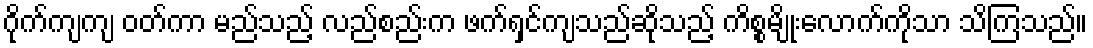
ဂိုက်ကျကျ ဝတ်ကာ မည်သည့် လည်စည်းက ဖက်ရှင်ကျသည်ဆိုသည့် ကိစ္စမျိုးလောက်ကိုသာ သိကြသည်။